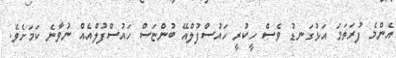
އެންމެ ފުރަތަމަ އަޅުގަނޑު ވެސް ހީކުރީ ހައުސްފުލްއޭ ބުންޏަސް ހައުސްފުލްއެއް ނުވާނެ ކަމަށެވެ.